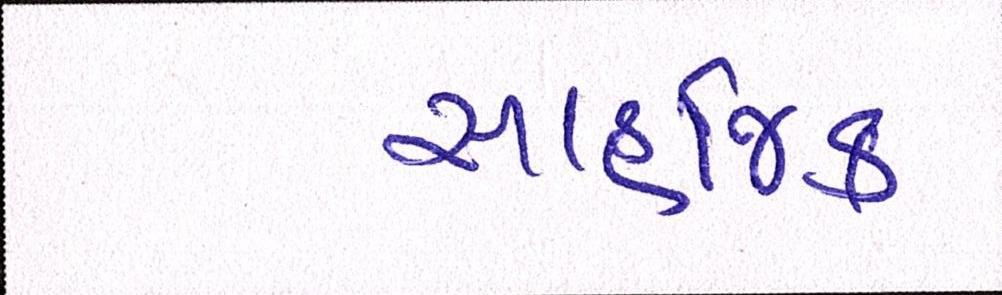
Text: સાહજિક